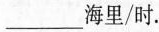
___海里/时.